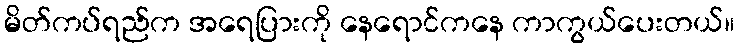
မိတ်ကပ်ရည်က အရေပြားကို နေရောင်ကနေ ကာကွယ်ပေးတယ်။